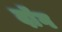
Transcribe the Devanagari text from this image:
दॉंग